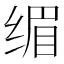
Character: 𮉭